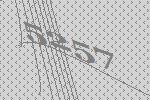
5257